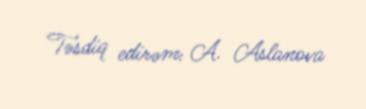
Təsdiq edirəm: A. Aslanova